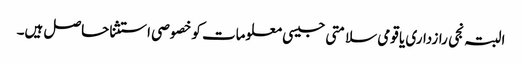
البتہ نجی رازداری یا قومی سلامتی جیسی معلومات کو خصوصی استثنا حاصل ہیں۔